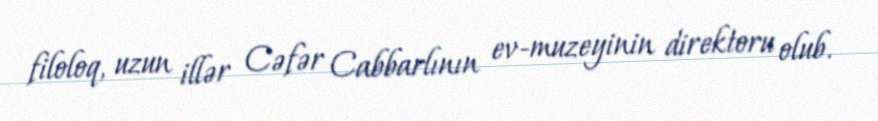
filoloq, uzun illər Cəfər Cabbarlının ev-muzeyinin direktoru olub.